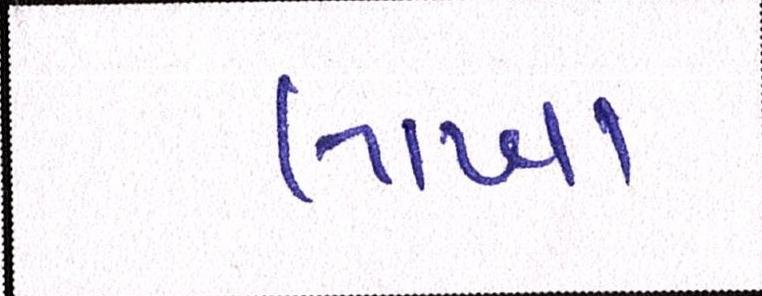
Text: લાખા